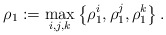
\begin{align*}\rho_{1}:=\max_{i, j, k}\left\{ \rho_{1}^{i}\mathrm{,\thinspace }\rho_{1}^{j}\mathrm{,\thinspace }\rho_{1}^{k} \right\}.\end{align*}